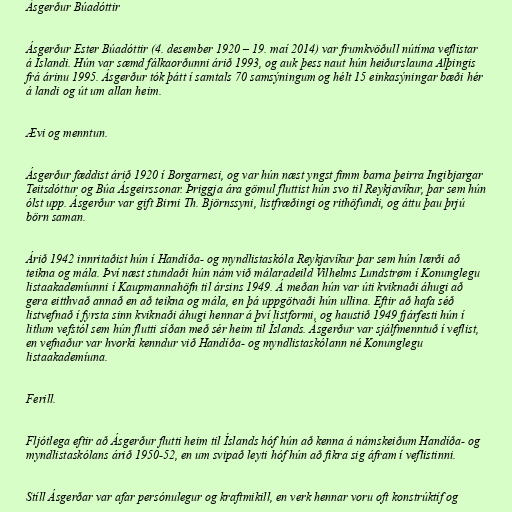
Ásgerður Búadóttir

Ásgerður Ester Búadóttir (4. desember 1920 – 19. maí 2014) var frumkvöðull nútíma veflistar
á Íslandi. Hún var sæmd fálkaorðunni árið 1993, og auk þess naut hún heiðurslauna Alþingis
frá árinu 1995. Ásgerður tók þátt í samtals 70 samsýningum og hélt 15 einkasýningar bæði hér
á landi og út um allan heim.

Ævi og menntun.

Ásgerður fæddist árið 1920 í Borgarnesi, og var hún næst yngst fimm barna þeirra Ingibjargar
Teitsdóttur og Búa Ásgeirssonar. Þriggja ára gömul fluttist hún svo til Reykjavíkur, þar sem hún
ólst upp. Ásgerður var gift Birni Th. Björnssyni, listfræðingi og rithöfundi, og áttu þau þrjú
börn saman.

Árið 1942 innritaðist hún í Handíða- og myndlistaskóla Reykjavíkur þar sem hún lærði að
teikna og mála. Því næst stundaði hún nám við málaradeild Vilhelms Lundstrøm í Konunglegu
listaakademíunni í Kaupmannahöfn til ársins 1949. Á meðan hún var úti kviknaði áhugi að
gera eitthvað annað en að teikna og mála, en þá uppgötvaði hún ullina. Eftir að hafa séð
listvefnað í fyrsta sinn kviknaði áhugi hennar á því listformi, og haustið 1949 fjárfesti hún í
litlum vefstól sem hún flutti síðan með sér heim til Íslands. Ásgerður var sjálfmenntuð í veflist,
en vefnaður var hvorki kenndur við Handíða- og myndlistaskólann né Konunglegu
listaakademíuna.

Ferill.

Fljótlega eftir að Ásgerður flutti heim til Íslands hóf hún að kenna á námskeiðum Handíða- og
myndlistaskólans árið 1950-52, en um svipað leyti hóf hún að fikra sig áfram í veflistinni.

Stíll Ásgerðar var afar persónulegur og kraftmikill, en verk hennar voru oft konstrúktíf og